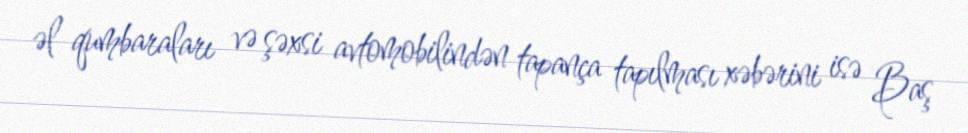
əl qumbaraları və şəxsi avtomobilindən tapança tapılması xəbərini isə Baş